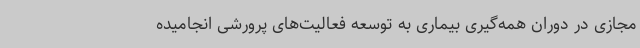
مجازی در دوران همه‌گیری بیماری به توسعه فعالیت‌های پرورشی انجامیده